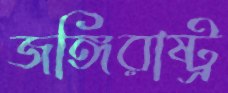
জঙ্গিরাষ্ট্র